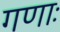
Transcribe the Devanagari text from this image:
गणाः